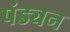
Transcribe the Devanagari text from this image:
पंड्यन